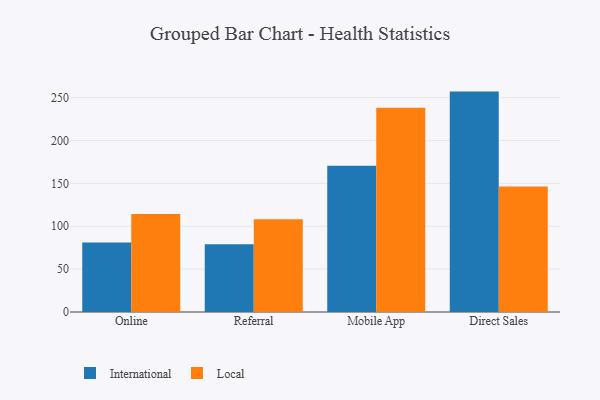
{"axis": {"x": "Channel", "y": "Waste Production (Tons)"}, "legend": ["International", "Local"], "data": [{"x": "Online", "y": 81.2, "type": "International"}, {"x": "Online", "y": 114.2, "type": "Local"}, {"x": "Referral", "y": 79.1, "type": "International"}, {"x": "Referral", "y": 108.2, "type": "Local"}, {"x": "Mobile App", "y": 170.6, "type": "International"}, {"x": "Mobile App", "y": 238.3, "type": "Local"}, {"x": "Direct Sales", "y": 257.1, "type": "International"}, {"x": "Direct Sales", "y": 146.3, "type": "Local"}]}